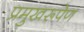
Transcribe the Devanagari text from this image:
प्रमुखरूपेण